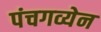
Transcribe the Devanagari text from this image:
पंचगव्येन